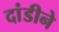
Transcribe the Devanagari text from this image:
दांडीने